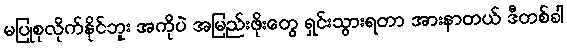
မပြုစုလိုက်နိုင်ဘူး အကိုပဲ အမြည်းဖိုးတွေ ရှင်းသွားရတာ အားနာတယ် ဒီတစ်ခါ